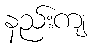
နည်းကျ